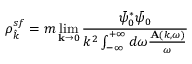
\rho _ { \hat { k } } ^ { s f } = m \operatorname* { l i m } _ { \mathbf { k } \rightarrow 0 } \frac { \bar { \psi } _ { 0 } ^ { * } \bar { \psi } _ { 0 } } { k ^ { 2 } \int _ { - \infty } ^ { + \infty } d \omega \frac { \mathbf { A } ( k , \omega ) } { \omega } }